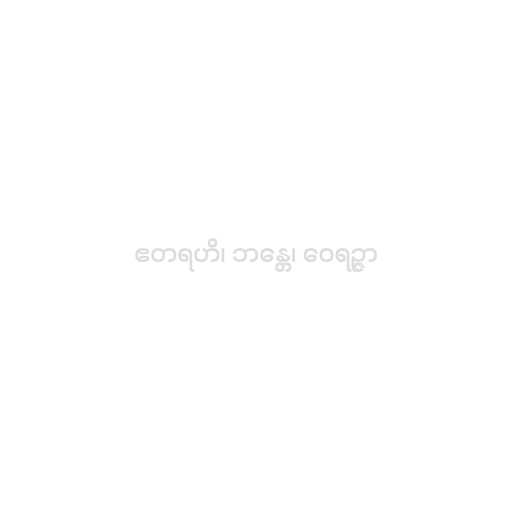
ဧတရဟိ၊ ဘန္တေ၊ ဝေရဉ္ဇာ